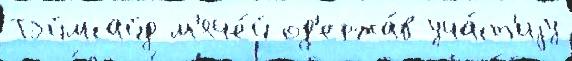
Тэймсайд м'яче́й од'ержа́в уча́ст'иjу